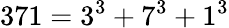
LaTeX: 371=3^{3}+7^{3}+1^{3}